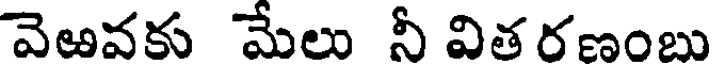
వెఱవకు మేలు నీ విత రణంబు